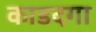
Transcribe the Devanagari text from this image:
काडदगा